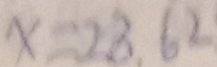
x = 2 8 , 6 2